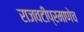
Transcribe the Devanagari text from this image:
राजवटीप्रमाणेच